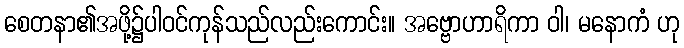
စေတနာ၏အဖို့၌ပါဝင်ကုန်သည်လည်းကောင်း။ အဗ္ဗောဟာရိကာ ဝါ၊ မနောကံ ဟု